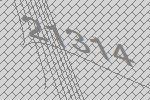
21314